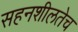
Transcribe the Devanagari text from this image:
सहनशीलतेच